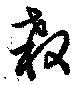
殺